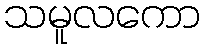
သမူလကော